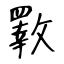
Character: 斁